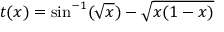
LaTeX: t ( x ) = \sin ^ { - 1 } ( { \sqrt { x } } ) - { \sqrt { x ( 1 - x ) } }